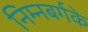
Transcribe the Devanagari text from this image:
निम्नबर्गके